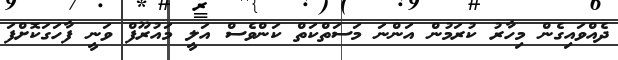
ދެއްވައިގެން މިހާރު ކުރަމުން އަންނަ މަސަތްކަތް ކަންވެސް އަލީ މައުރޫފް ވަނީ ފާހަގަކޮށްފަ